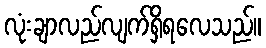
လုံးချာလည်လျက်ရှိရလေသည်။